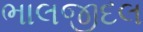
ભાલજીદલ